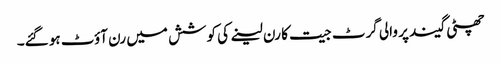
چھٹی گیند پر والی گرٹ جیت کا رن لینے کی کوشش میں رن آؤٹ ہو گئے۔